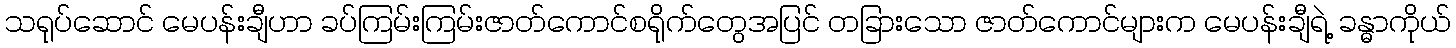
သရုပ်ဆောင် မေပန်းချီဟာ ခပ်ကြမ်းကြမ်းဇာတ်ကောင်စရိုက်တွေအပြင် တခြားသော ဇာတ်ကောင်များက မေပန်းချီရဲ့ ခန္ဓာကိုယ်